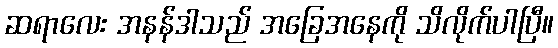
ဆရာလေး အနန်ဒါသည် အခြေအနေကို သိလိုက်ပါပြီ။